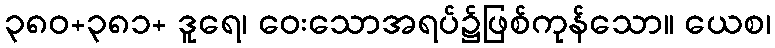
၃၈၀+၃၈၁+ ဒူရေ၊ ဝေးသောအရပ်၌ဖြစ်ကုန်သော။ ယေစ၊